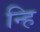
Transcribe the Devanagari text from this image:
न्हि